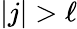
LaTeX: |j|>\ell